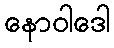
နောဝါဒေါ